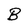
Character: B